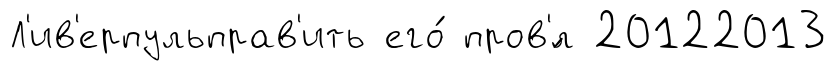
Л'ив'ерпульправ'ить его́ пров'́л 20122013